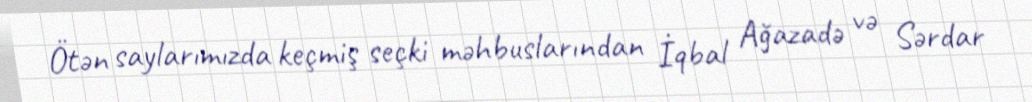
Ötən saylarımızda keçmiş seçki məhbuslarından İqbal Ağazadə və Sərdar